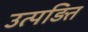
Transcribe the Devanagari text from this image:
उत्पड़ित